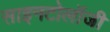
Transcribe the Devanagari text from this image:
साइनटोलॉजी